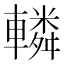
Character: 轔